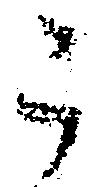
う